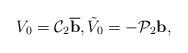
LaTeX: \begin{align*}V_0=\mathcal C_2 \overline{ \mbox{\bf b}},\tilde V_0=-\mathcal P_2 \mbox{\bf b},\end{align*}